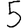
Digit: 5